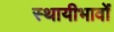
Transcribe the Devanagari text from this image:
स्थायीभावों